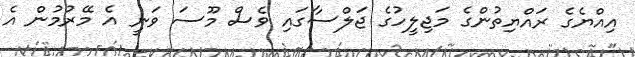
އިއްޔެގެ ރައްޔިތުންގެ މަޖިލީހުގެ ޖަލްސާގައި ވެސް މޫސަ ވަނީ އެ މޭރުމުން އެ